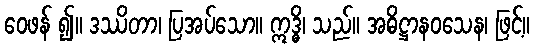
ဝေဖန် ၍။ ဒဿိတာ၊ ပြအပ်သော။ ဣဒ္ဓိ၊ သည်။ အဓိဋ္ဌာနဝသေန၊ ဖြင့်။